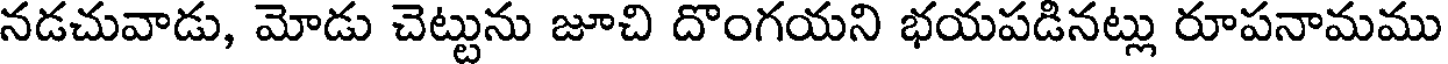
నడచువాడు, మోడు చెట్టును జూచి దొంగయని భయపడినట్లు రూపనామము